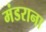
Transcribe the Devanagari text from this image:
मंडराना